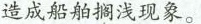
造成船舶搁浅现象。